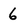
Character: 6